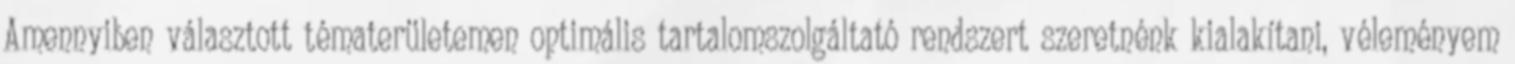
Amennyiben választott tématerületemen optimális tartalomszolgáltató rendszert szeretnénk kialakítani, véleményem